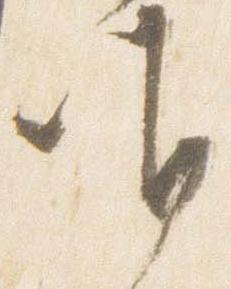
唯